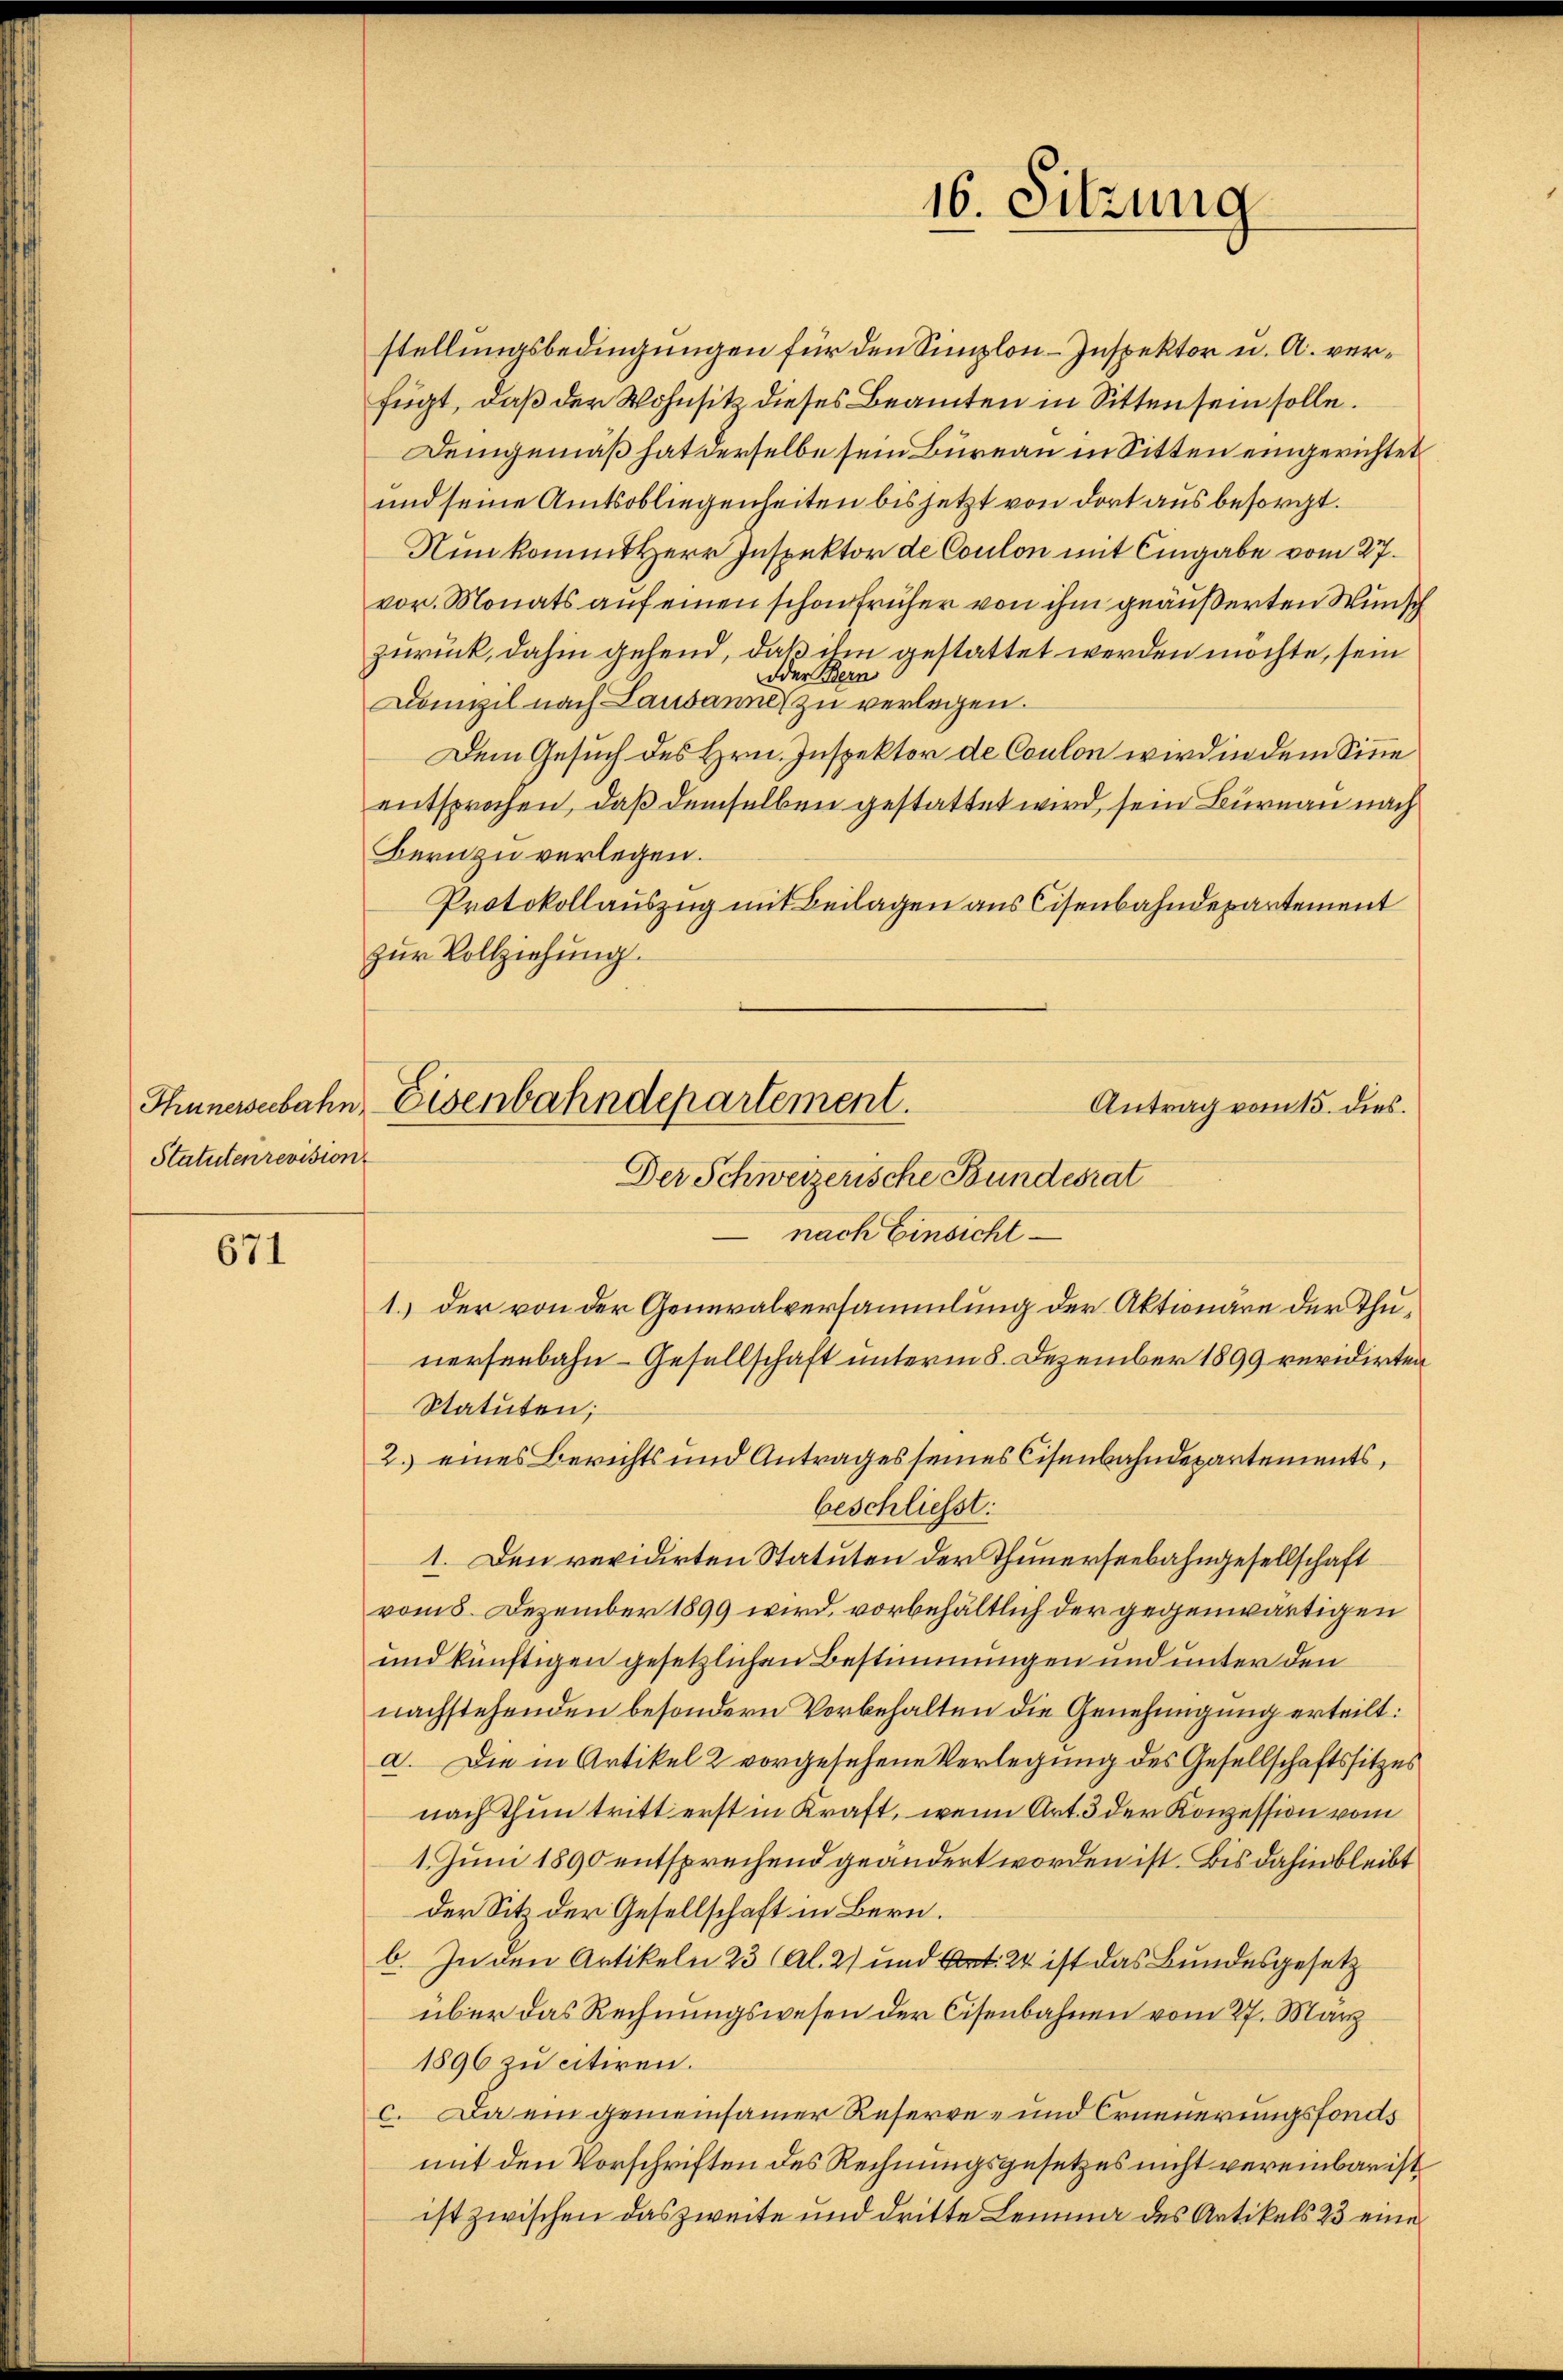
Statutenrevision

671

16. Sitzung

stellungsbedingungen für den Sinzlon-Inspektor u. A. verfügt, daß der Wohnsitz dieses Beamten in Sitten sein solle.
Demgemäß hat derselbe sein Bureau in Sitten eingerichtet
und seine Amtsobliegenheiten bis jetzt von dort aus besorgt.
Nun kommt Herr Inspektor de Coulon mit Eingabe vom 27.
vor. Monats auf einen schon früher von ihm geäußerten Wunsch
zurück, dahin gehend, daß ihm gestattet werden möchte, sein
oder Bern
Dompil nach Lausanne zu verlegen.
Dem Gesuch des Hrn. Inspektor de Coulon wird in dem Sinne
entsprochen, daß demselben gestattet wird, sein Burnau nach
Bern zu verlegen.
Protokollauszug mit Beilagen aus Cisenbahndepartement
zur Vollziehung.
1.) der von der Generalversammlung der Aktionäre der Thunerseebahn-Gesellschaft unterm 8. Dezember 1899 revidirten
Statuten;
2. eines Berichts und Antrages seines Cisenbahndepartements,
beschliesst:
1. Den revidirten Statuten der Thunerseebahngesellschaft
vom 8. Dezember 1899 wird, vorbehältlich der gegenwärtigen
und künftigen gesetzlichen Bestimmungen und unter den
nachstehenden besondern Vorbehalten die Genehmigung erteilt:
a. Die in Artikel 2 vorgesehene Verlegung des Gesellschaftssitzes
nach thun tritt erst in Kraft, wenn Art. 3 der Konzession vom
1. Juni 1890 entsprechend geändert worden ist. Bis dahin bleibt
der Sitz der Gesellschaft in Bern.
b. In den Artikeln 23 (Al. 2) und Art. 24 ist das Bundesgesetz
über das Rechnungswesen der Cisenbahnen vom 27. März
1896 zu citiren.
c. Da ein gemeinsamer Reserve- und Erneuerungsfonds
mit den Vorschriften des Rechnungsgesetzes nicht vereinbarist
ist zwischen das zweite und dritte Lemma des Artikels 23 eine

Thunerseebahn, Eisenbahndepartement.
Antrag vom 15. dies.
Der Schweizerische Bundesrat
nach Einsicht